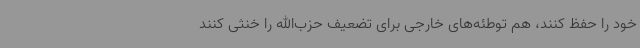
خود را حفظ کنند، هم توطئه‌های خارجی برای تضعیف حزب‌الله را خنثی کنند